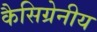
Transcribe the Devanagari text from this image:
कैसिग्रेनीय